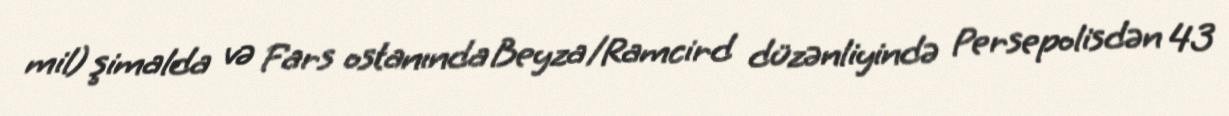
mil) şimalda və Fars ostanında Beyza/Ramcird düzənliyində Persepolisdən 43